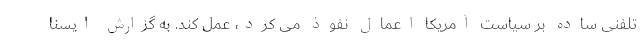
تلفنی ساده بر سیاست آمریکا اعمال نفوذ می کرد، عمل کند. به گزارش ایسنا